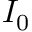
I _ { 0 }